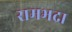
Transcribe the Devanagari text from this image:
रामभद्रा